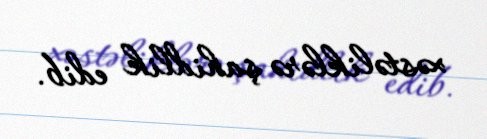
xəstəliklərə şahidlik edib.